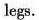
legs.